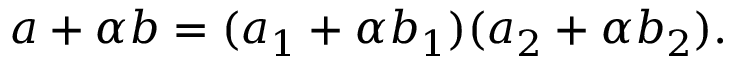
a + \alpha b = ( a _ { 1 } + \alpha b _ { 1 } ) ( a _ { 2 } + \alpha b _ { 2 } ) .